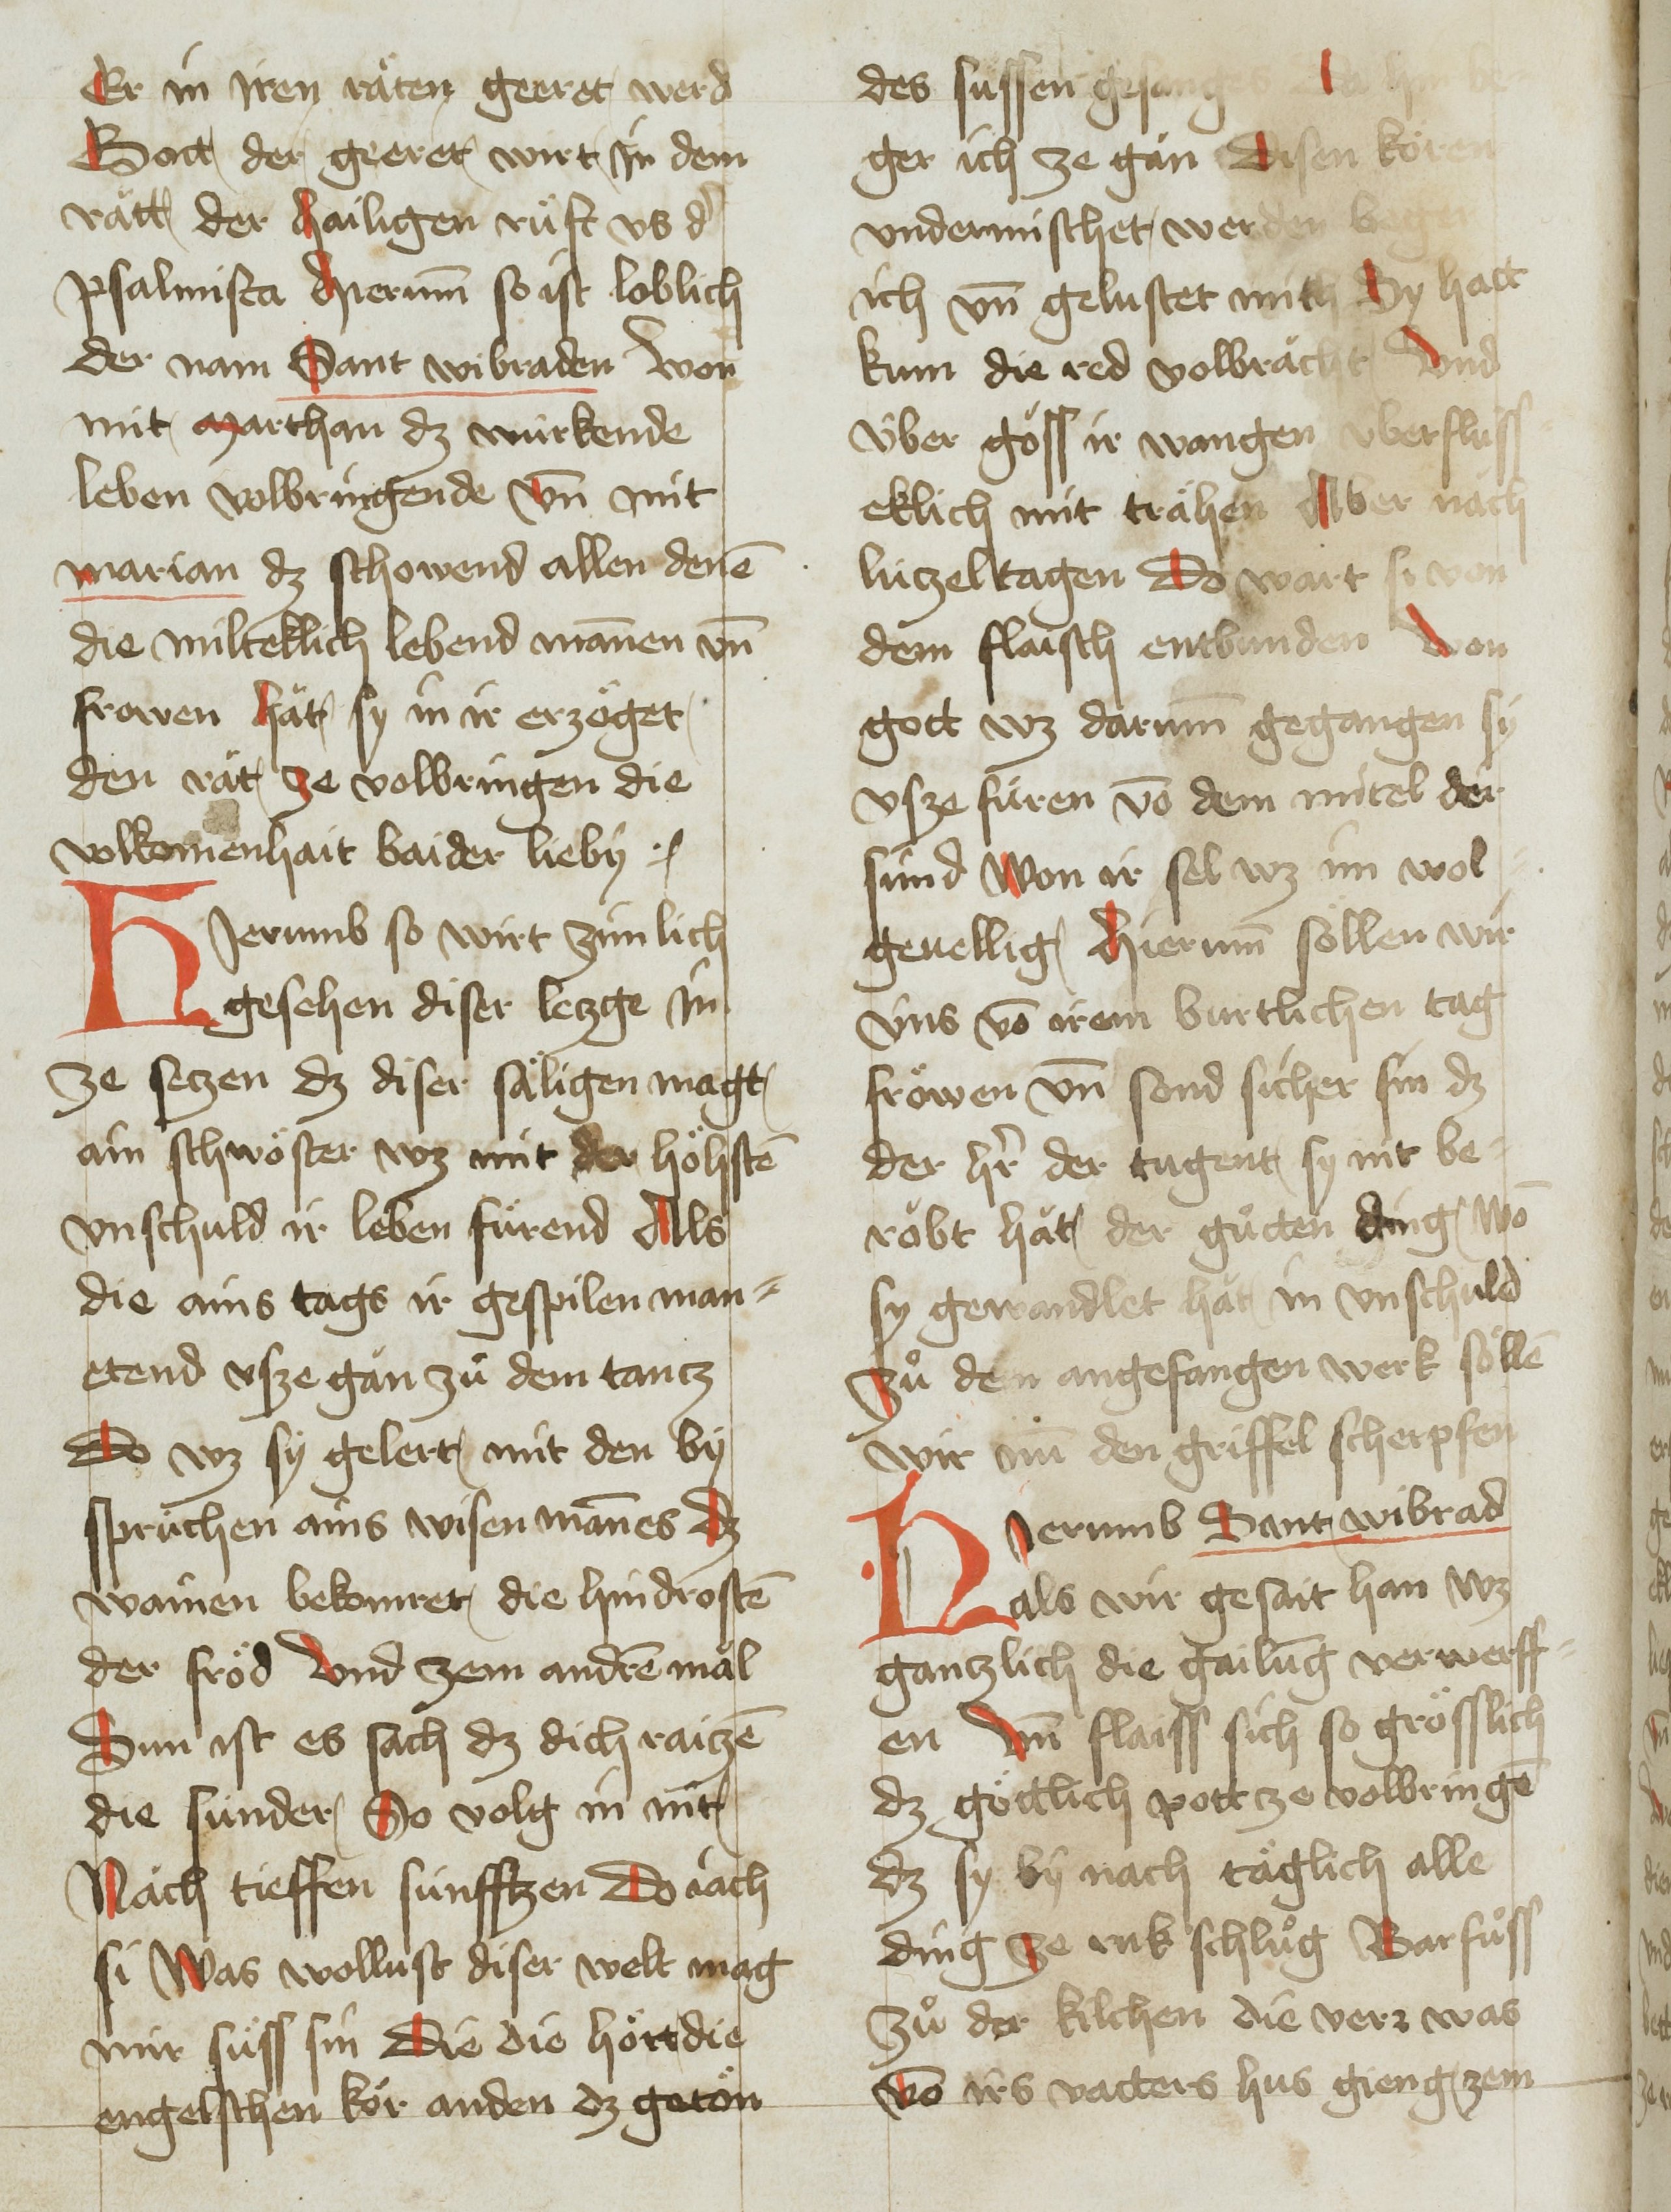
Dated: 1451–1460